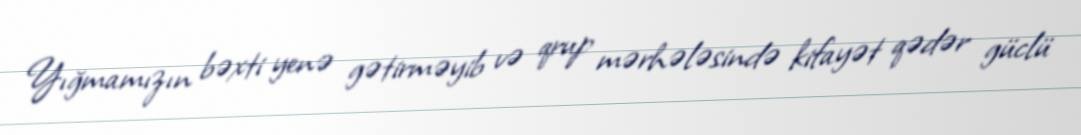
Yığmamızın bəxti yenə gətirməyib və qrup mərhələsində kifayət qədər güclü